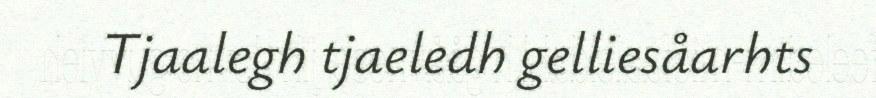
Tjaalegh tjaeledh gelliesåarhts